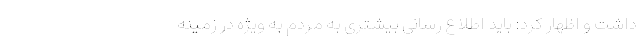
داشت و اظهار کرد: باید اطلاع رسانی بیشتری به مردم به ویژه در زمینه